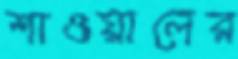
শাওয়ালের